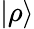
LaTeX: |\rho\rangle